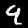
Label: 9